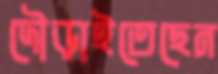
দৌড়াইতেছেন